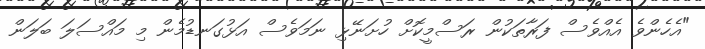
"އެހެންވެ އެއްވެސް ފަރާތަކުން ރަސްމީކޮށް ހުށަނޭޅި ނަމަވެސް އަޅުގަނޑުމެން މި މައްސަލަ ބަލަން